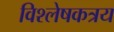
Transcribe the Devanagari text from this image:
विश्लेषकत्रय